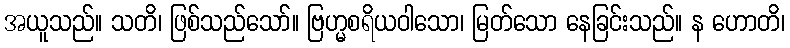
အယူသည်။ သတိ၊ ဖြစ်သည်သော်။ ဗြဟ္မစရိယဝါသော၊ မြတ်သော နေခြင်းသည်။ န ဟောတိ၊